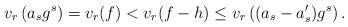
LaTeX: \begin{align*}v_r\left(a_sg^s\right)=v_r(f)<v_r(f-h)\le v_r\left((a_s-a'_s)g^s\right).\end{align*}